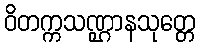
ဝိတက္ကသဏ္ဌာနသုတ္တေ